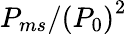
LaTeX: {{{P}_{ms}}}/{\left({{P}_{0}}\right)^{2}}